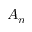
A _ { n }